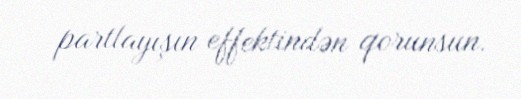
partlayışın effektindən qorunsun.